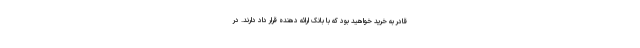
قادر به خرید خواهید بود که با بانک ارائه دهنده قرار داد دارند. در